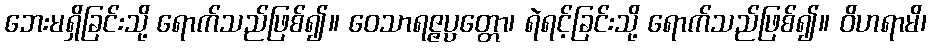
ဘေးမရှိခြင်းသို့ ရောက်သည်ဖြစ်၍။ ဝေသာရဇ္ဇပ္ပတ္တော၊ ရဲရင့်ခြင်းသို့ ရောက်သည်ဖြစ်၍။ ဝိဟရာမိ၊